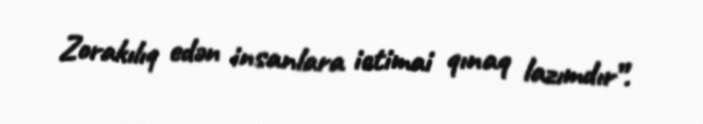
Zorakılıq edən insanlara ictimai qınaq lazımdır”.